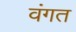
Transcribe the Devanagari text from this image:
वंगत